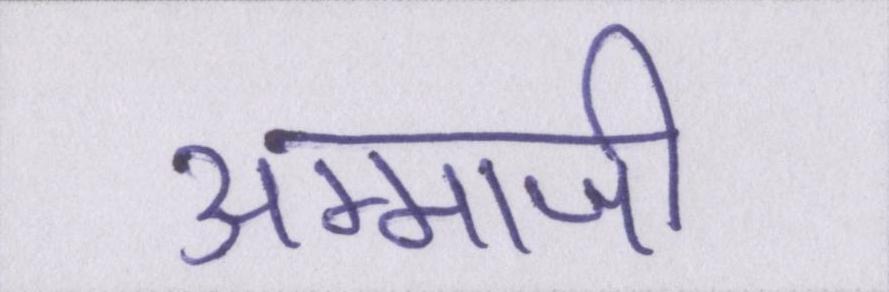
अम्माजी